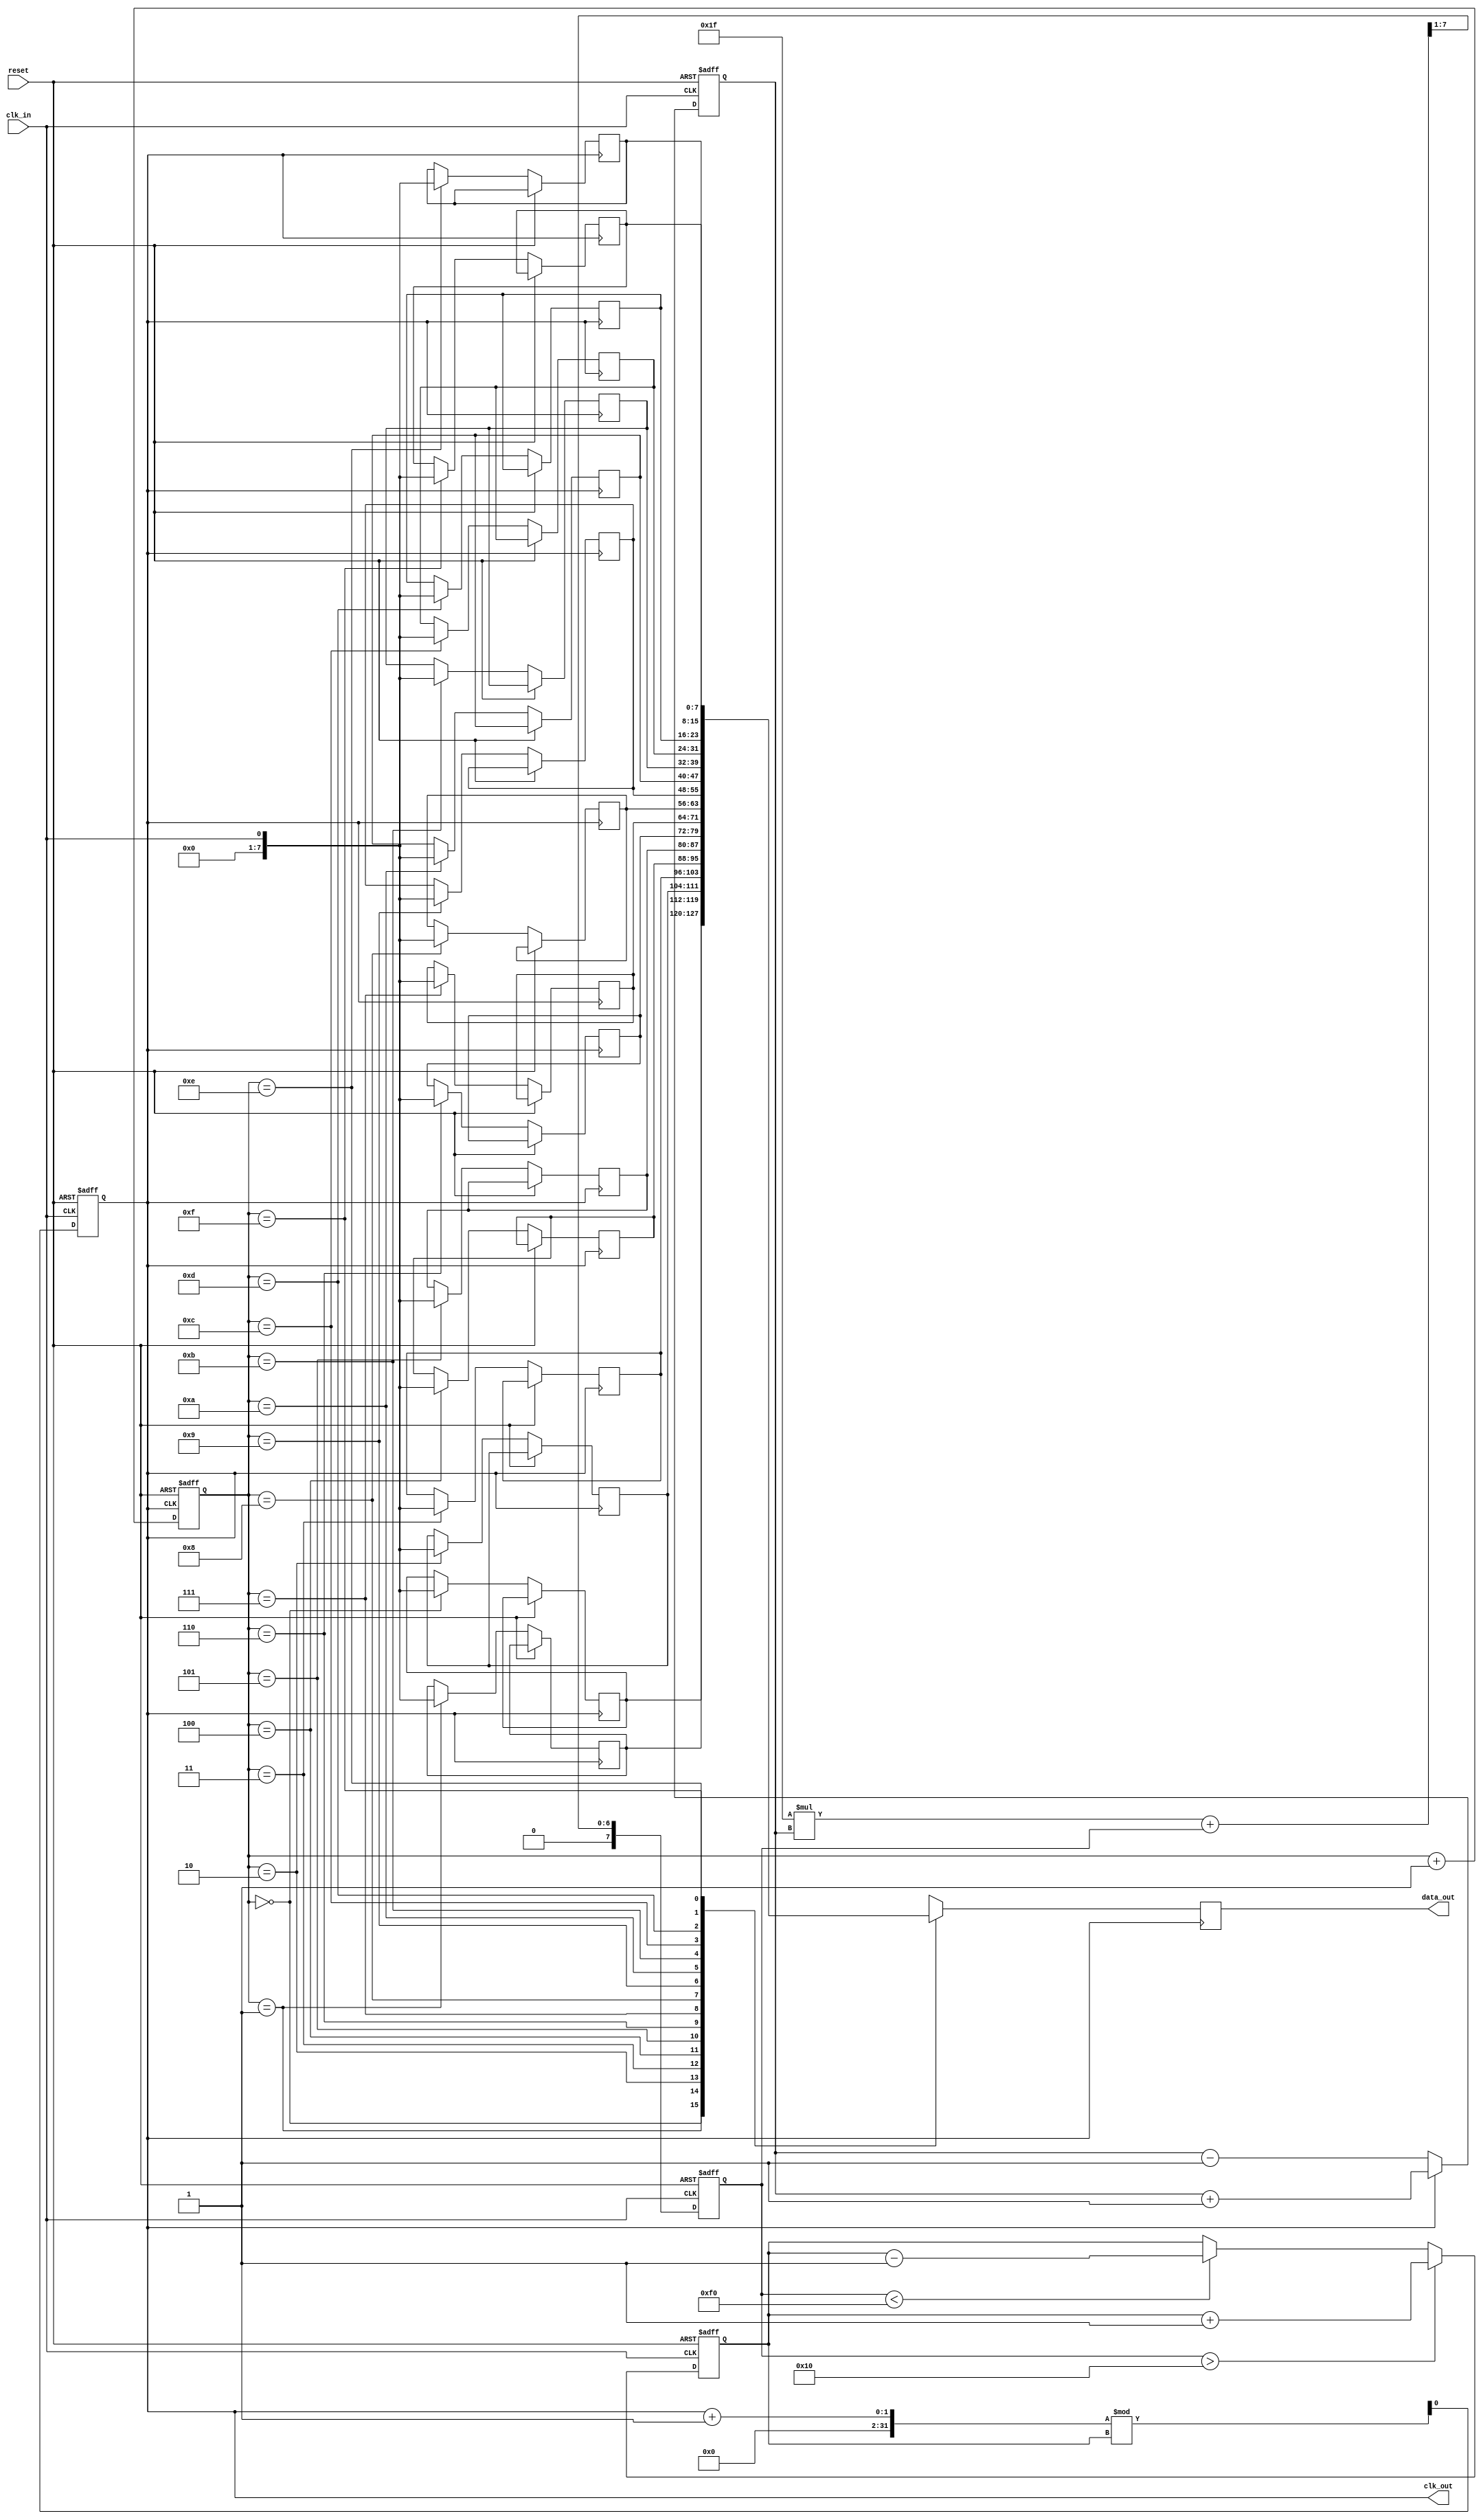
module ClockRecoveryPLL (
    input wire clk_in,          // Incoming data signal
    input wire reset,           // Reset signal
    output reg clk_out,         // Synchronized clock output
    output reg [7:0] data_out   // Synchronized data output
);

// Parameters for Loop Filter
parameter LF_GAIN = 8'h1F; // Loop filter gain
parameter VCO_MAX_FREQ = 100; // Max VCO frequency
parameter VCO_MIN_FREQ = 10;  // Min VCO frequency

// Internal signals
reg [7:0] phase_error;        // Phase error signal
reg [7:0] filtered_error;     // Filtered error signal
reg [7:0] vco_frequency;      // VCO frequency control
reg [7:0] memory [0:15];      // Memory block (FIFO)
reg [3:0] mem_ptr;            // Memory pointer

// Phase Detector
always @(posedge clk_in or posedge reset) begin
    if (reset) begin
        phase_error <= 8'b0;
    end else begin
        // Simple phase detection logic (for demonstration)
        if (clk_out) begin
            phase_error <= phase_error + 1; // Increment if clk_out is high
        end else begin
            phase_error <= phase_error - 1; // Decrement if clk_out is low
        end
    end
end

// Loop Filter
always @(posedge clk_in or posedge reset) begin
    if (reset) begin
        filtered_error <= 8'b0;
    end else begin
        // Simple first-order filter
        filtered_error <= (LF_GAIN * phase_error + filtered_error) >> 1; // Low-pass filter
    end
end

// Voltage-Controlled Oscillator (VCO)
always @(posedge clk_in or posedge reset) begin
    if (reset) begin
        vco_frequency <= VCO_MIN_FREQ;
        clk_out <= 0;
    end else begin
        // Adjust VCO frequency based on filtered error
        if (filtered_error > 8'h10) begin
            vco_frequency <= vco_frequency + 1; // Increase frequency
        end else if (filtered_error < 8'hF0) begin
            vco_frequency <= vco_frequency - 1; // Decrease frequency
        end
        
        // Generate clock output based on VCO frequency
        clk_out <= (clk_out + 1) % vco_frequency;
    end
end

// Memory Block for Data Synchronization
always @(posedge clk_out or posedge reset) begin
    if (reset) begin
        mem_ptr <= 4'b0;
    end else begin
        // Shift data into memory
        memory[mem_ptr] <= clk_in; // Store incoming data
        mem_ptr <= mem_ptr + 1;    // Increment memory pointer
    end
end

// Output synchronized data
always @(posedge clk_out) begin
    data_out <= memory[mem_ptr]; // Output the synchronized data
end

endmodule